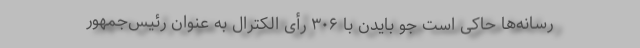
رسانه‌ها حاکی است جو بایدن با ۳۰۶ رأی الکترال به عنوان رئیس‌جمهور